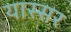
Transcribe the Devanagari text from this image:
यास्सर